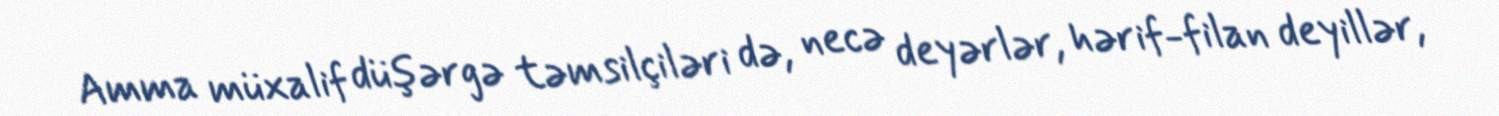
Amma müxalif düşərgə təmsilçiləri də, necə deyərlər, hərif-filan deyillər,